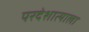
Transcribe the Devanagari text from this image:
परदेशात्याला